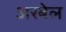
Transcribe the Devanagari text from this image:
अरबेल